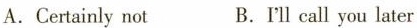
A. Certainly not B.I'll call you later